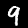
Digit: 9